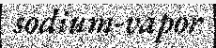
sodium-vapor